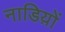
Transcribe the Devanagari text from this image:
नाडिय़ों